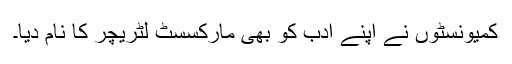
کمیونسٹوں نے اپنے ادب کو بھی مارکسسٹ لٹریچر کا نام دیا۔